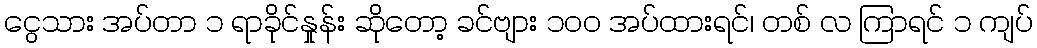
ငွေသား အပ်တာ ၁ ရာခိုင်နှုန်း ဆိုတော့ ခင်ဗျား ၁၀၀ အပ်ထားရင်၊ တစ် လ ကြာရင် ၁ ကျပ်